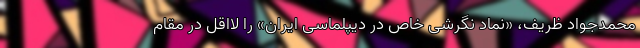
محمدجواد ظریف، «نماد نگرشی خاص در دیپلماسی ایران» را لااقل در مقام